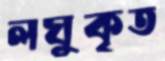
লঘুকৃত